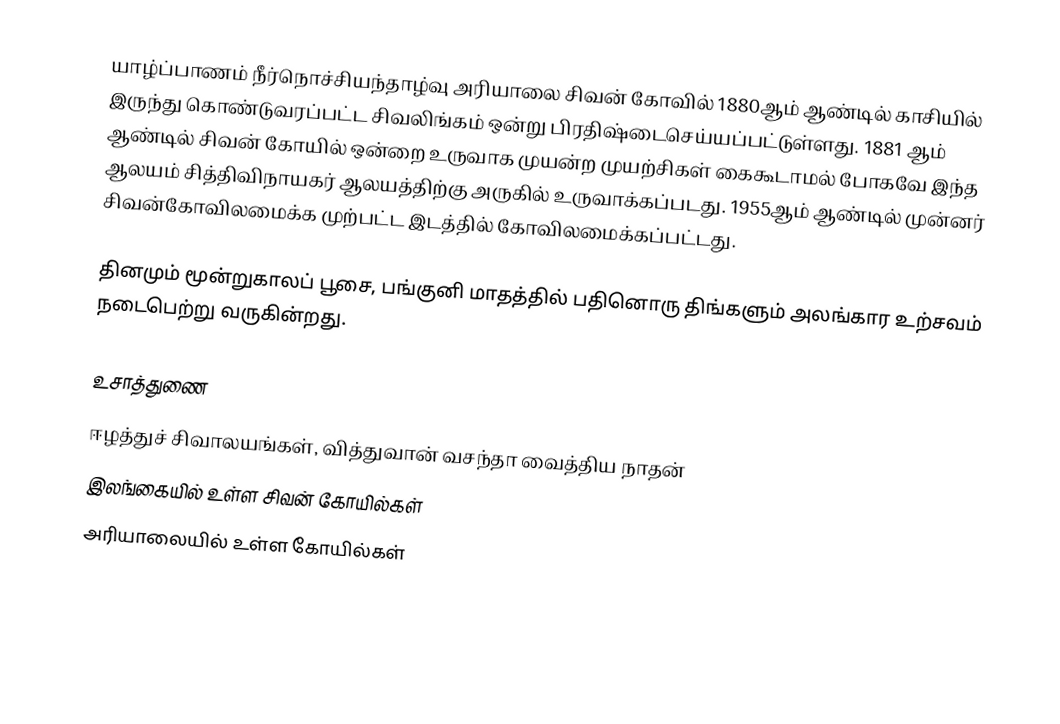
யாழ்ப்பாணம் நீர்நொச்சியந்தாழ்வு அரியாலை சிவன் கோவில் 1880ஆம் ஆண்டில் காசியில் இருந்து கொண்டுவரப்பட்ட சிவலிங்கம் ஒன்று பிரதிஷ்டைசெய்யப்பட்டுள்ளது. 1881 ஆம் ஆண்டில் சிவன் கோயில் ஒன்றை உருவாக முயன்ற முயற்சிகள் கைகூடாமல் போகவே இந்த ஆலயம் சித்திவிநாயகர் ஆலயத்திற்கு அருகில் உருவாக்கப்படது. 1955ஆம் ஆண்டில் முன்னர் சிவன்கோவிலமைக்க முற்பட்ட இடத்தில் கோவிலமைக்கப்பட்டது.

தினமும் மூன்றுகாலப் பூசை, பங்குனி மாதத்தில் பதினொரு திங்களும் அலங்கார உற்சவம் நடைபெற்று வருகின்றது.

உசாத்துணை
 ஈழத்துச் சிவாலயங்கள், வித்துவான் வசந்தா வைத்திய நாதன்
இலங்கையில் உள்ள சிவன் கோயில்கள்
அரியாலையில் உள்ள கோயில்கள்